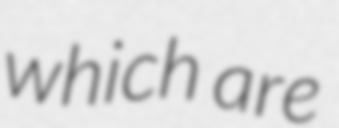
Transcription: which are